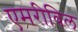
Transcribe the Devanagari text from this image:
एमरीविल